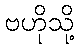
ဗဟိုသို့